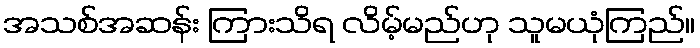
အသစ်အဆန်း ကြားသိရ လိမ့်မည်ဟု သူမယုံကြည်။